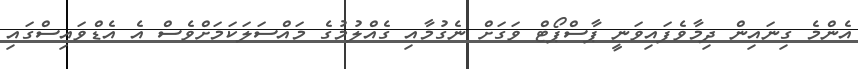
އެންމެ ގިނައިން ދިމާވެފައިވަނީ ޕާސްޕޯޓް ވަގަށް ނެގުމާއި ގެއްލުމުގެ މައްސަލަކަމަށްވެސް އެ އެޑްވައިސްގައި